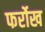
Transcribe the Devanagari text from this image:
फर्रोख